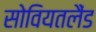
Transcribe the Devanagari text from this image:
सोवियतलैंड